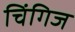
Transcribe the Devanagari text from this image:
चिंगिज